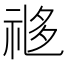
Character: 𬒼